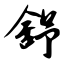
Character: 舒